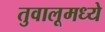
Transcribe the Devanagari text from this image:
तुवालूमध्ये